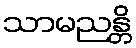
သာမညန္တိ